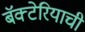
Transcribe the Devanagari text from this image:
बॅक्टेरियाची